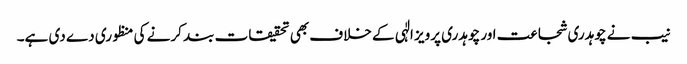
نیب نے چوہدری شجاعت اور چوہدری پرویز الٰہی کے خلاف بھی تحقیقات بند کرنے کی منظوری دے دی ہے۔